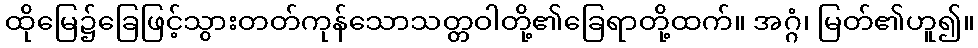
ထိုမြေ၌ခြေဖြင့်သွားတတ်ကုန်သောသတ္တဝါတို့၏ခြေရာတို့ထက်။ အဂ္ဂံ၊ မြတ်၏ဟူ၍။